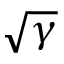
\sqrt { \gamma }